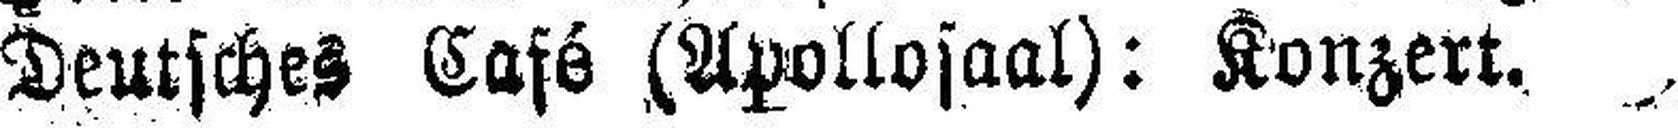
Deutsches Café (Apollosaal): Konzert.